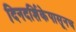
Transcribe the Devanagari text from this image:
दिनदर्शिकेपासूनच